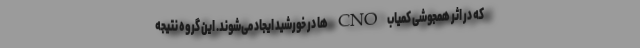
که در اثر همجوشی کمیاب CNO ها در خورشید ایجاد می‌شوند. این گروه نتیجه